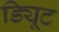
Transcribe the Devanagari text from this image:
ड्यिूट